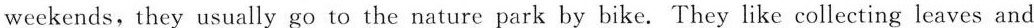
weekends,they usually go to the nature park by bike. They like collecting leaves and